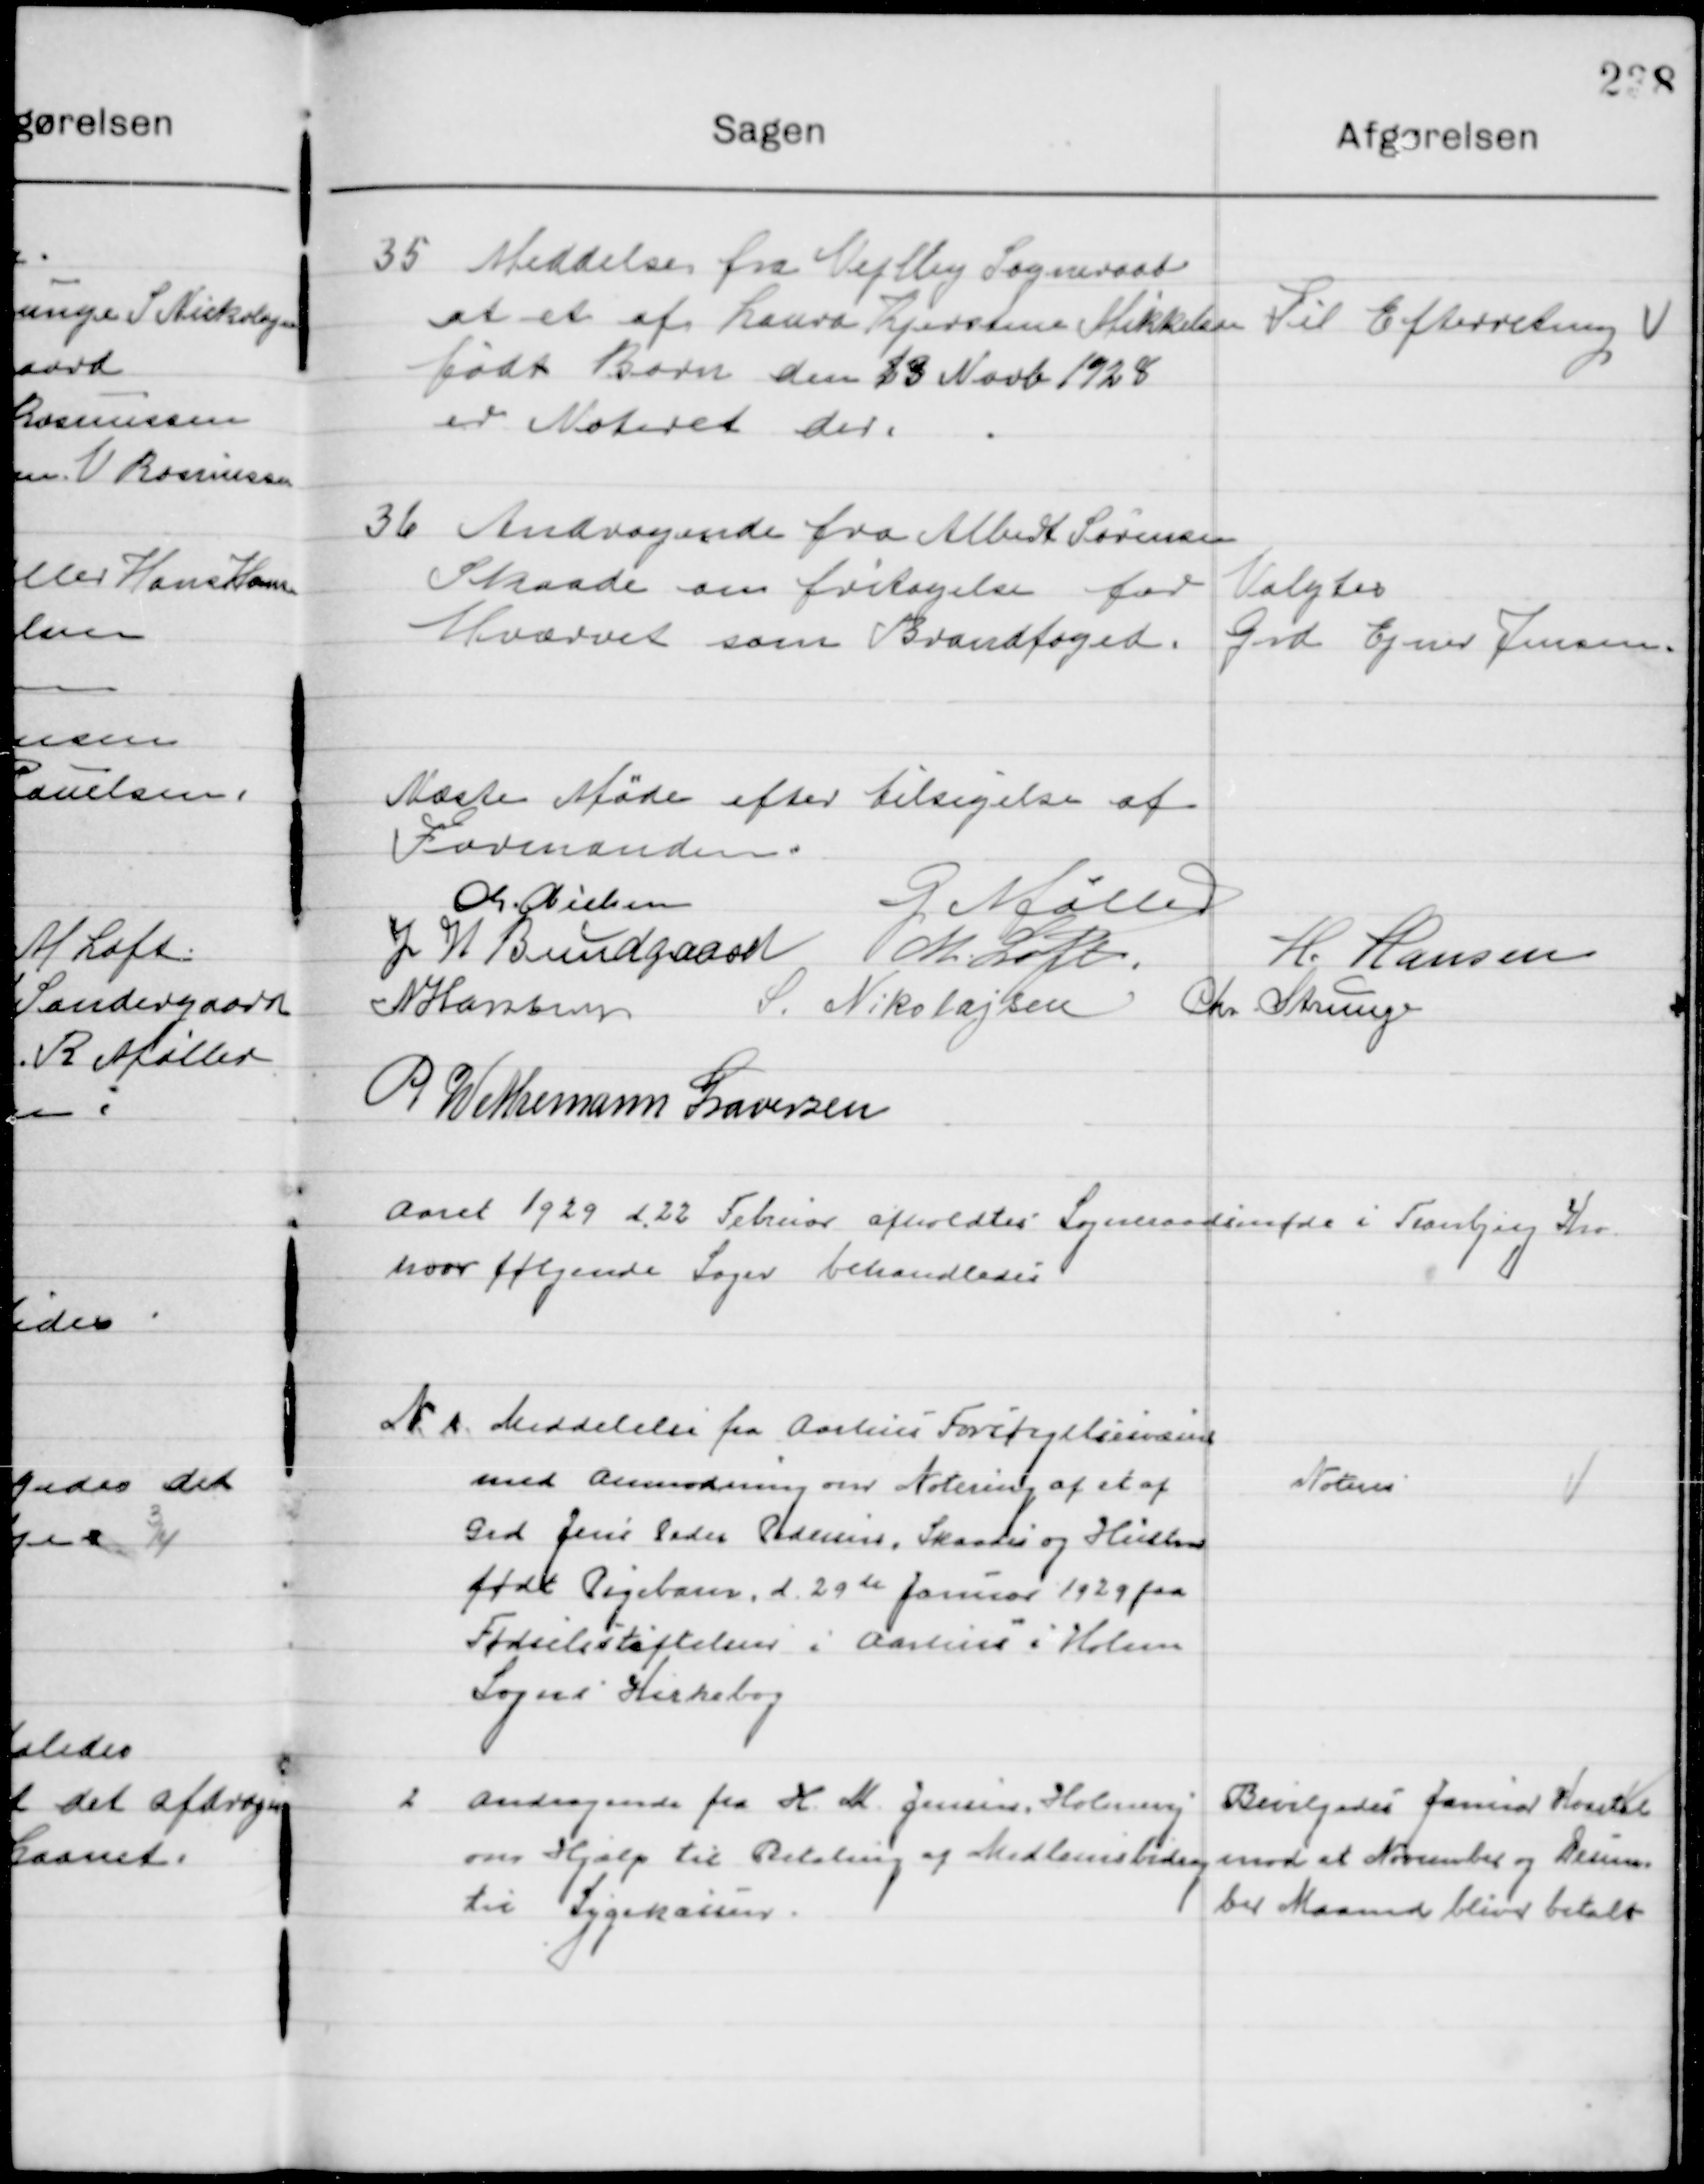
Transskription:
35

Meddelelse fra Vejlby Sogneraad
at et af Laura Kjerstine Mikkelsen  
født Barn den 13 Novbr. 1928
er Noteret der.

Til Efterretning

36

Andragende fra Albert Sørensen
Skaade om fritagelse for
Hvervet som Brandfoged.

Valgtes
Grd. Ejner Jensen

Næste Møde efter Tilsigelse af 
Formanden

M. Nielsen
G. Møller
J. W. Bundgaard
M. Loft
H. Hansen
N. Hansen
S. N. Nikolajsen
Chr. Strunge
P. Wethemann Graversen

Aaret 1929 d. 22de Februar  afholdtes  Sogneraadsmøde i Tranbjerg Kro
hvor følgende Sager behandledes.

1

Meddelelse fra Aarhus Forsørgelsesvæsen
Med Anmodning om Notering af et af
Grd. Jens Peder Pedersen, Skaade og Hustru
Født Pigebarn, d. 29de Januar 1929 paa
Fødselsstiftelsen i Aarhus i Holme
Sogns Kirkebog.

Noteres

2

Andragende fra H. M. Jensen, Holmevej
om Hjælp til Betaling af Medlemsbidrag
til Sygekassen.

Bevilgedes Januar Kvartal
Mod November og Decem-
ber Maander bliver betalt